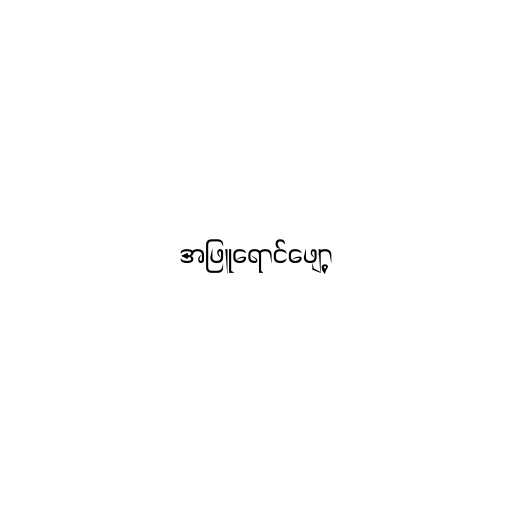
အဖြူရောင်ဖျော့